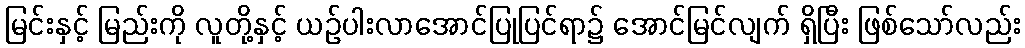
မြင်းနှင့် မြည်းကို လူတို့နှင့် ယဉ်ပါးလာအောင်ပြုပြင်ရာ၌ အောင်မြင်လျက် ရှိပြီး ဖြစ်သော်လည်း